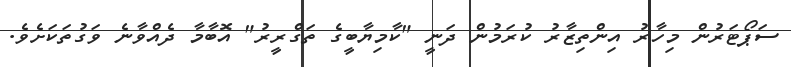
ސަޕޯޓަރުން މިހާރު އިންތިޒާރު ކުރަމުން ދަނީ "ކާމިޔާބީގެ ތަގްރީރު" އޮބާމާ ދެއްވާނެ ވަގުތަކަށެވެ.